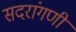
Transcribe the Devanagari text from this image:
सदरांगणी